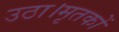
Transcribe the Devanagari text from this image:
उठा।मृतकों